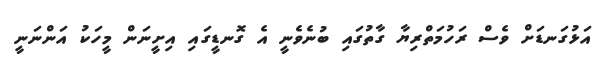
އަޅުގަނޑަށް ވެސް ރަހުމަތްރިޔާ ގާތުގައި ބުނެވެނީ އެ ގޮނޑީގައި އިށީނަން މީހަކު އަންނަނީ